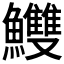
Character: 𩽧